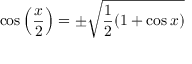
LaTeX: \cos \left( { \frac { x } { 2 } } \right) = \pm { \sqrt { { \frac { 1 } { 2 } } ( 1 + \cos x ) } }